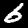
Digit: 6